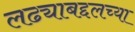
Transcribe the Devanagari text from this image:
लढ्याबद्दलच्या